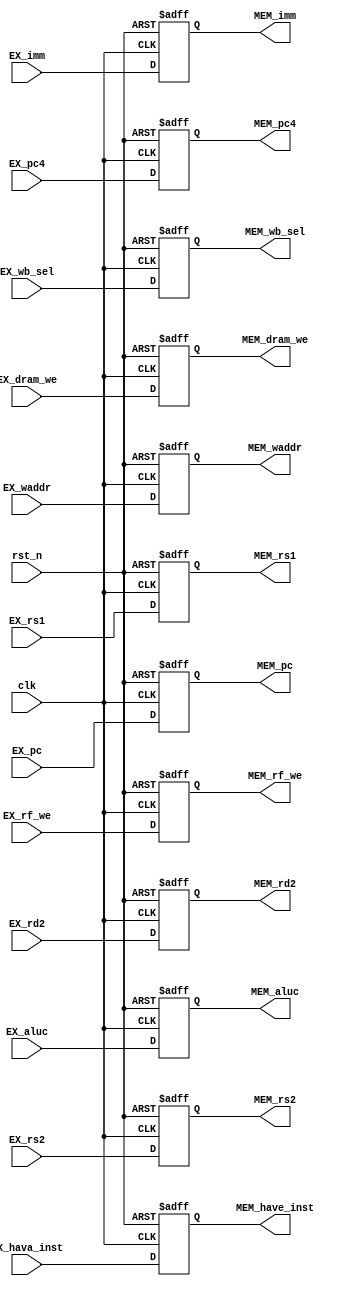
`timescale 1ns / 1ps
//////////////////////////////////////////////////////////////////////////////////
// Company: 
// Engineer: 
// 
// Design Name: 
// Module Name: pr_EX_MEM
// Project Name: 
// Target Devices: 
// Tool Versions: 
// Description: 
// 
// Dependencies: 
// 
// Revision:
// Revision 0.01 - File Created
// Additional Comments:
// 
//////////////////////////////////////////////////////////////////////////////////


module pr_EX_MEM(
    input clk,
    input rst_n,
    input wire EX_dram_we,
    input wire [31:0] EX_aluc,
    input wire [31:0] EX_rd2,
    input wire [1:0] EX_wb_sel,
    input wire EX_rf_we,
    input wire [4:0] EX_waddr,
    input wire [4:0] EX_rs1,
    input wire [4:0] EX_rs2,

    output reg MEM_dram_we,
    output reg [31:0] MEM_aluc,
    output reg [31:0] MEM_rd2,
    output reg [1:0] MEM_wb_sel,
    output reg MEM_rf_we,
    output reg [4:0] MEM_waddr,
    output reg [4:0] MEM_rs1,
    output reg [4:0] MEM_rs2,

    input wire [31:0] EX_pc,
    input wire [31:0] EX_pc4,
    input wire [31:0] EX_imm,
    output reg [31:0] MEM_pc,
    output reg [31:0] MEM_pc4,
    output reg [31:0] MEM_imm,

    input wire EX_hava_inst,
    output reg MEM_have_inst

    );

always @ (posedge clk or negedge rst_n) begin
    if(~ rst_n) MEM_have_inst <= 1'b0;
    else MEM_have_inst <= EX_hava_inst;
end

always @ (posedge clk or negedge rst_n) begin
    if(~ rst_n) MEM_pc <= 32'b0;
    else MEM_pc <= EX_pc;
end

always @ (posedge clk or negedge rst_n) begin
    if(~ rst_n) MEM_pc4 <= 32'b0;
    else MEM_pc4 <= EX_pc4;
end

always @ (posedge clk or negedge rst_n) begin
    if(~ rst_n) MEM_imm <= 32'b0;
    else MEM_imm <= EX_imm;
end

always @ (posedge clk or negedge rst_n) begin
    if(~ rst_n) MEM_dram_we <= 1'b0;
    else MEM_dram_we <= EX_dram_we;
end

always @ (posedge clk or negedge rst_n) begin
    if(~ rst_n) MEM_aluc <= 32'b0;
    else MEM_aluc <= EX_aluc;
end

always @ (posedge clk or negedge rst_n) begin
    if(~ rst_n) MEM_rd2 <= 32'b0;
    else MEM_rd2 <= EX_rd2;
end

always @ (posedge clk or negedge rst_n) begin
    if(~ rst_n) MEM_wb_sel <= 2'b0;
    else MEM_wb_sel <= EX_wb_sel;
end

always @ (posedge clk or negedge rst_n) begin
    if(~ rst_n) MEM_rf_we <= 1'b0;
    else MEM_rf_we <= EX_rf_we;
end

always @ (posedge clk or negedge rst_n) begin
    if(~ rst_n) MEM_waddr <= 5'b0;
    else MEM_waddr <= EX_waddr;
end

always @ (posedge clk or negedge rst_n) begin
    if(~ rst_n) MEM_rs1 <= 5'b0;
    else MEM_rs1 <= EX_rs1;
end

always @ (posedge clk or negedge rst_n) begin
    if(~ rst_n) MEM_rs2 <= 5'b0;
    else MEM_rs2 <= EX_rs2;
end

endmodule